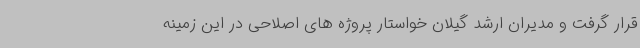
قرار گرفت و مدیران ارشد گیلان خواستار پروژه های اصلاحی در این زمینه